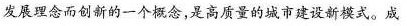
发展理念而创新的一个概念，是高质量的城市建设新模式。成